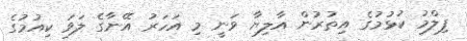
ފިލްމު ކުޅުމުގެ އިތުރުން އާލިޔާ ވަނީ މި އަހަރު އޭނާގެ ލަވަ ކިއުމުގެ